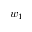
w _ { 1 }